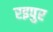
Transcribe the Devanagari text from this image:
रइपुर